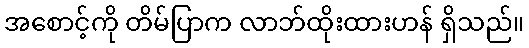
အစောင့်ကို တိမ်ပြာက လာဘ်ထိုးထားဟန် ရှိသည်။